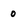
Character: 0